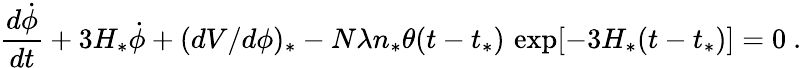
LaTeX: \frac{d\dot{\phi}}{dt}+3H_{*}\dot{\phi}+(dV/d\phi)_{*}-N\lambda n_{*}\theta(t-t_{*})\, \exp[-3H_{*}(t-t_{*})]=0\ .